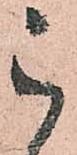
被